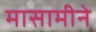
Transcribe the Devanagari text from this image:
मासामीने